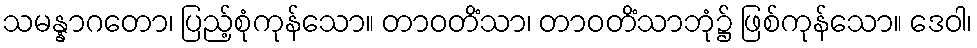
သမန္နာဂတော၊ ပြည့်စုံကုန်သော။ တာဝတိံသာ၊ တာဝတိံသာဘုံ၌ ဖြစ်ကုန်သော။ ဒေဝါ၊